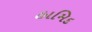
હામિદ